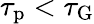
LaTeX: \tau_{\mathrm{p}}<\tau_{\mathrm{G}}